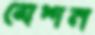
মেশন